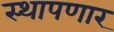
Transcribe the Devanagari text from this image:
स्थापणार